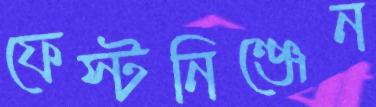
ফেস্টনিঞ্জেন